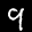
Label: 9